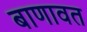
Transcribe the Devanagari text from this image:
बाणावत